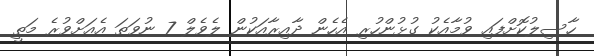
ހާސިލުކޮށްފައި ވުމާއެކު ގުޅުންހުރި އެހެން ދާއިރާއަކުން ލެވެލް 7 ނުވަތަ އެއަށްވުރެ މަތީ